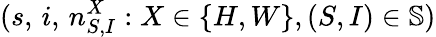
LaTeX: (s,\, i,\, n_{S,I}^{X}:X\in\{ H,W\} ,(S,I)\in\mathbb{S})